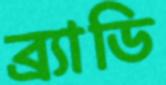
ব্র্যাডি